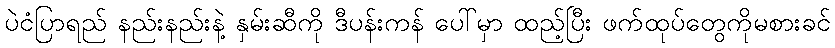
ပဲငံပြာရည် နည်းနည်းနဲ့ နှမ်းဆီကို ဒီပန်းကန် ပေါ်မှာ ထည့်ပြီး ဖက်ထုပ်တွေကိုမစားခင်